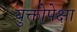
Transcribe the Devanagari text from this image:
युक्तोपेक्षा